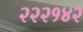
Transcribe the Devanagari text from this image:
२२२१४२